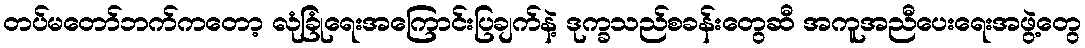
တပ်မတော်ဘက်ကတော့ လုံခြုံရေးအကြောင်းပြချက်နဲ့ ဒုက္ခသည်စခန်းတွေဆီ အကူအညီပေးရေးအဖွဲ့တွေ